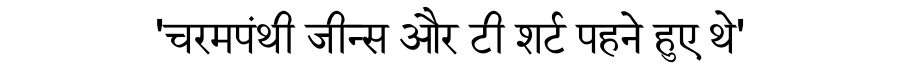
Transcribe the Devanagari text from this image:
'चरमपंथी जीन्स और टी शर्ट पहने हुए थे'